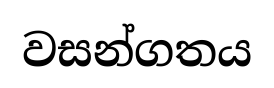
වසන්ගතය